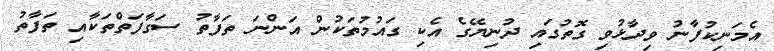
އެމަނިކުފާނު ވިދާޅުވި ގޮތުގައި ދުނިޔޭގެ އެކި ގައުމުތަކުން އަންނަ ތަފާތު ސަގާފަތްތަކާއި ތަފާތު